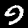
Label: 9